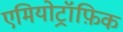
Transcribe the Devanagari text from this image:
एमियोट्रॉफ़िक